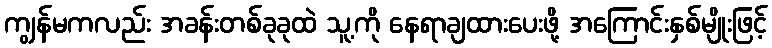
ကျွန်မကလည်း အခန်းတစ်ခုခုထဲ သူ့ကို နေရာချထားပေးဖို့ အကြောင်းနှစ်မျိုးဖြင့်